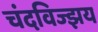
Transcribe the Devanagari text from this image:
चंदविज्झय